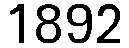
1892